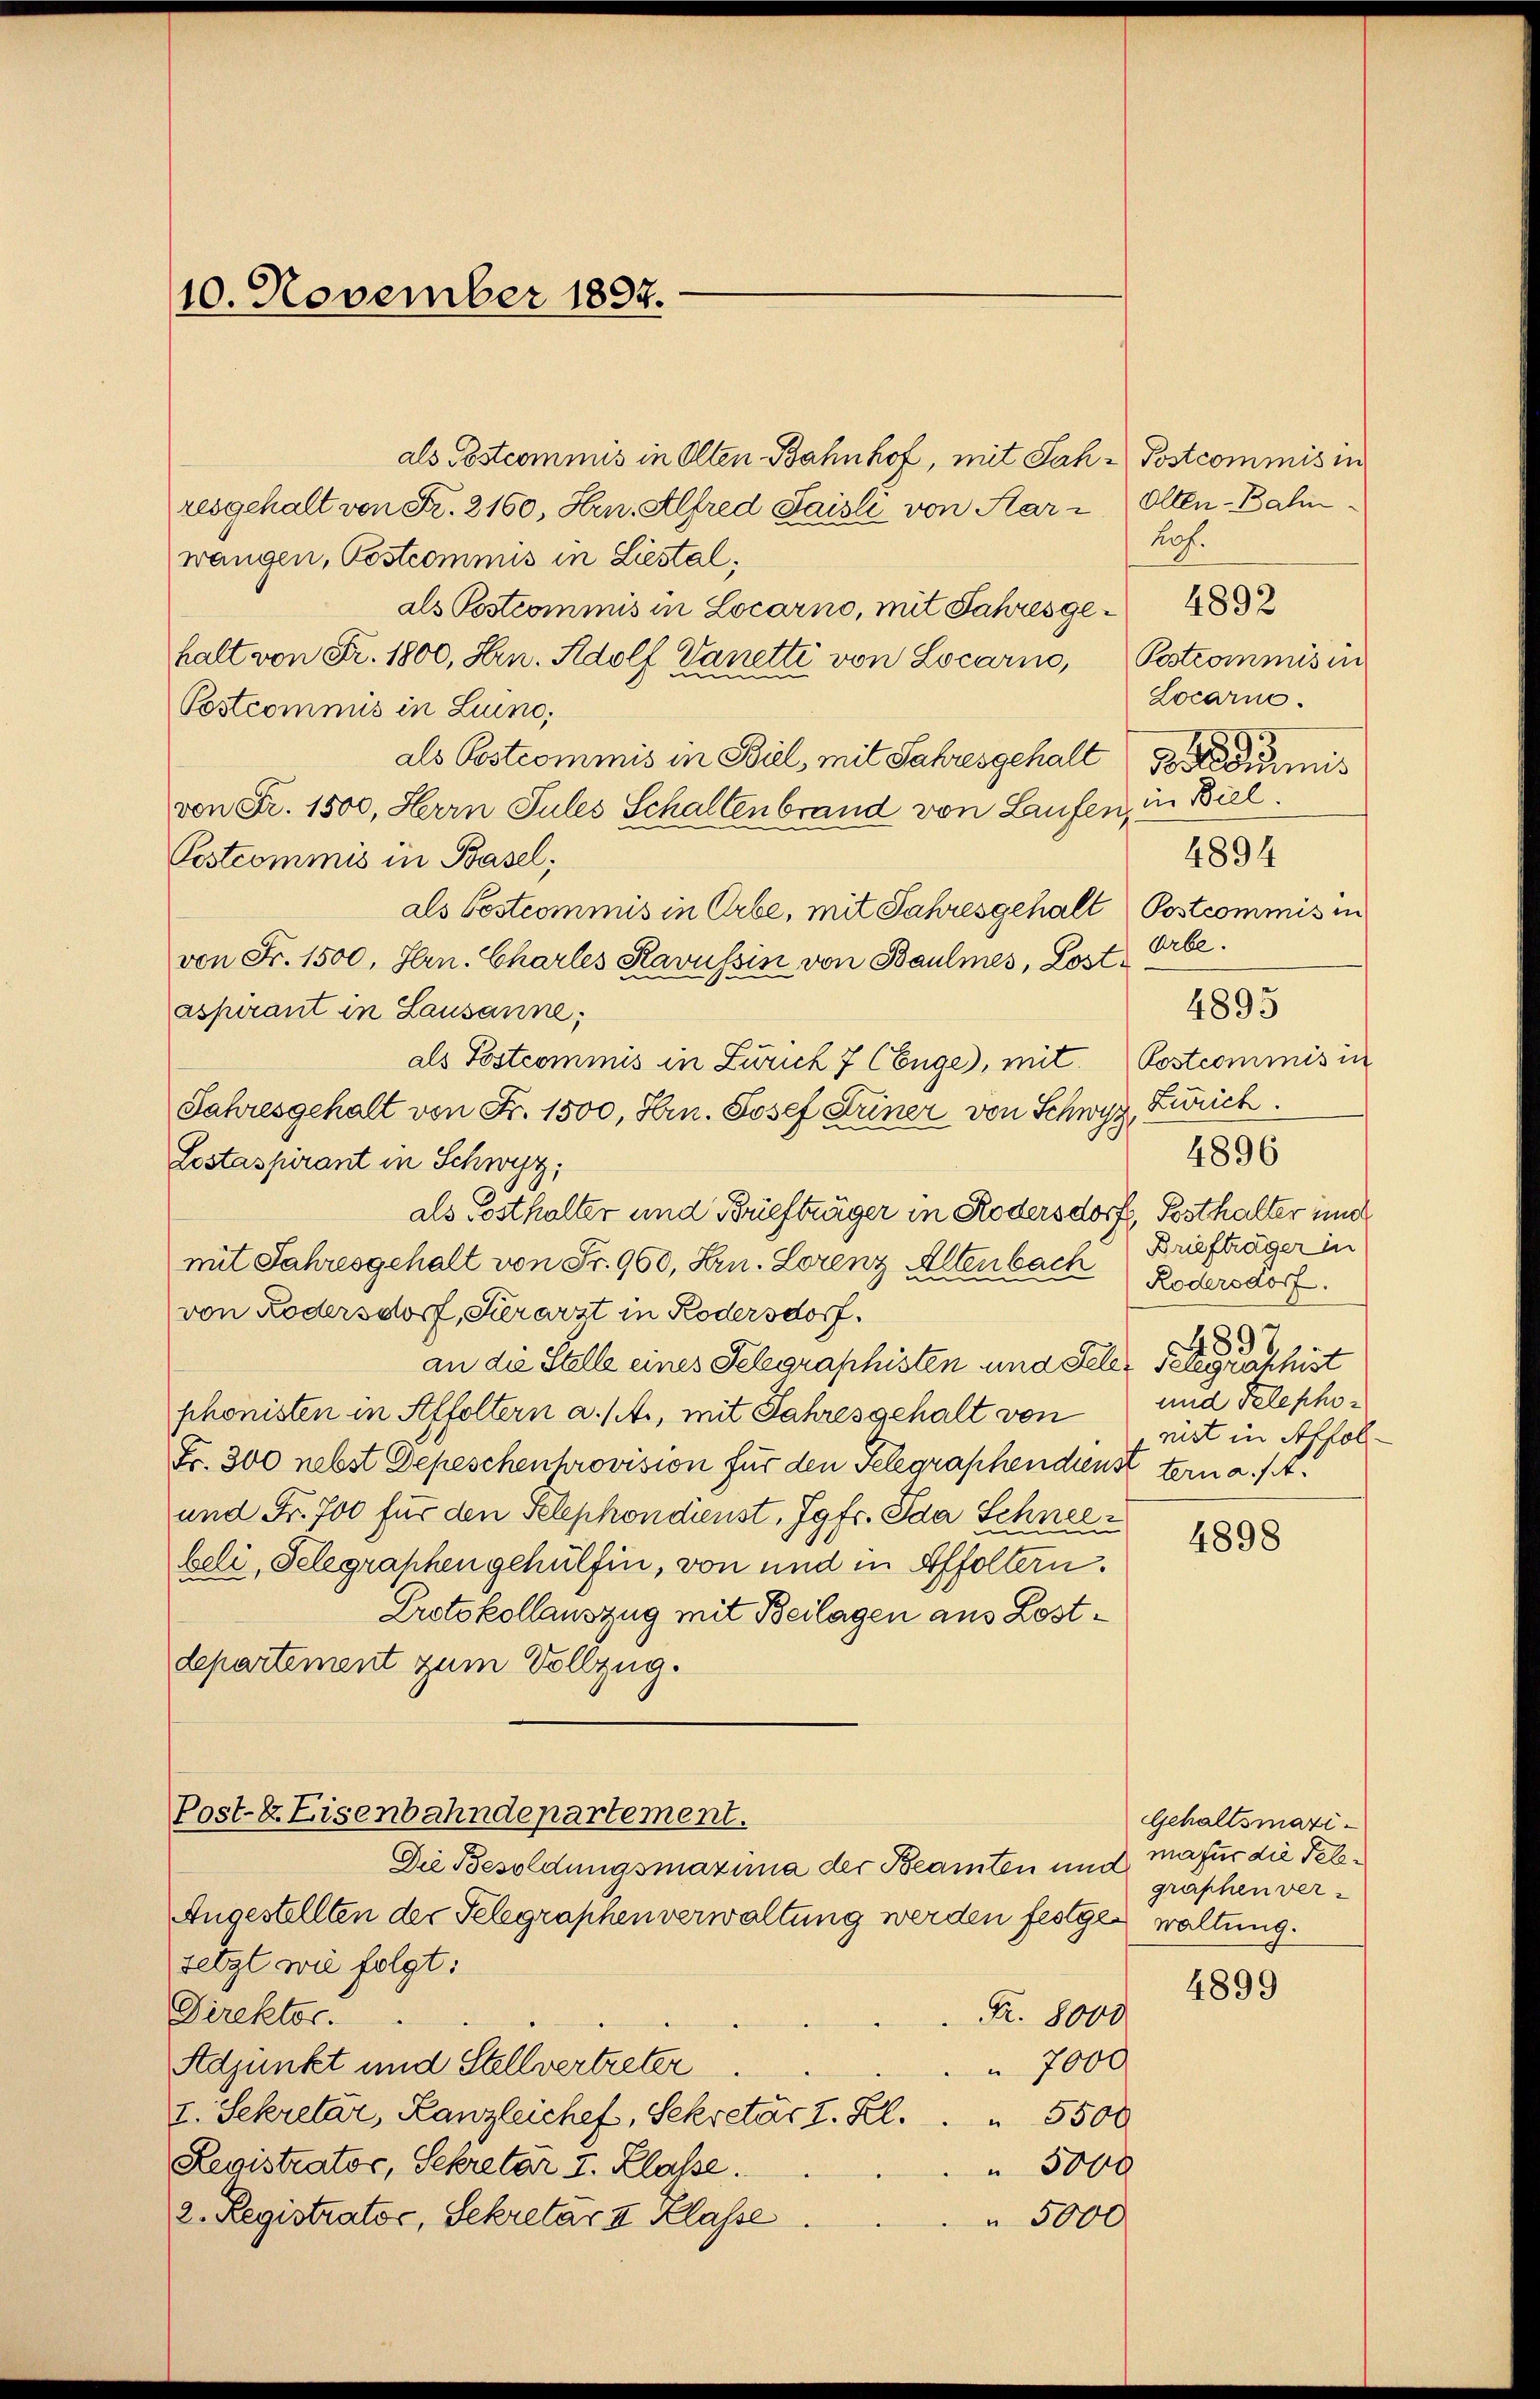
10. November 1897.

als Postcommis in Olten Bahnhof, mit Jah-Postcommis in
resgehalt von Fr. 2160, Hrn. Alfred Saisli von Aar- Olten-Bahn
wangen, Postcommis in Liestal,
als Postcommis in Locarno, mit Jahres ge- 1832
halt von Fr. 1800, Hrn. Adolf Vanetti von Locarno, Postcommis in
Postcommis in Luino,
als Postcommis in Biel, mit Jahresgehalt is
von Fr. 1500, Herrn Sules Schalten brand von Laufen, in Biel.
Postcommis in Basel;
als Postcommis in Erbe, mit Jahresgehalt Postcommis in
von Fr. 1500. Hern. Charles Kavussin von Baulmes, Lostaspirant in Lausanne;
als Postcommis in Zürich 7 Cbüge), mit Postcommis in
Jahresgehalt von Fr. 1500, Hrn. Josef Seiner von Schwyz, Zürich.
Lestaspirant in Schwyz;
als Posthalter und Briefträger in Rodersdorf Bsthalter und
mit Jahresgehalt von Fr. 960, Hrn. Lorenz Altenbach
von Lödersdorf, Serarzt in Rodersdorf
an die Stelle eines Telegraphisten und Seler selegraphist
phonisten in Affoltern a. s. f., mit Jahresgehalt von und Telepho¬
Fr. 300 nebst Depeschenhrovision für den Telegraphendienst tern a/A.
und Fr. Jos für den Selephondienst, Jgfr. Ida Schneebeli, Gelegraphen gehülfen, von und in Affoltern.
Protokollauszug mit Beilagen aus Lostdepartement zum Vollzug.

Post-E Eisenbahndepartement.

Die Besoldungsmazuna der Beamten und
Angestellten der Telegraphen verwaltung werden festgen waltung.
setzt wie folgt:
Direktor.
Nr. 8000
 7000
Adjunkt und Stellvertreter
I. Sekretär, Kanzleichef, Sekretär 2. Kl.
 5500
Registrator, Sekretär I. Klasse.
 5000
2. Registrator, Sekretar & Klasse.
 5000

hof.
Locarne.
4894
Orbe.
4895
4896
Briefträger in
Rodersdorf.
4897
nist in Affol¬

4898

Gehaltsmaximafür die Telegraphen ver¬

4899